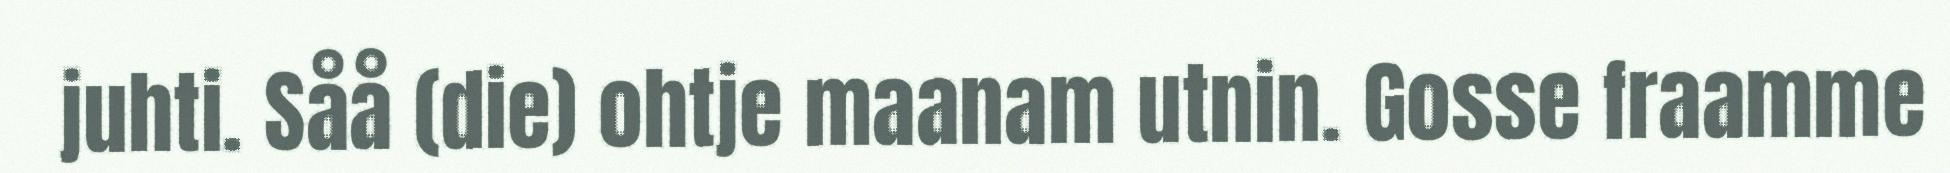
juhti. Såå (die) ohtje maanam utnin. Gosse fraamme